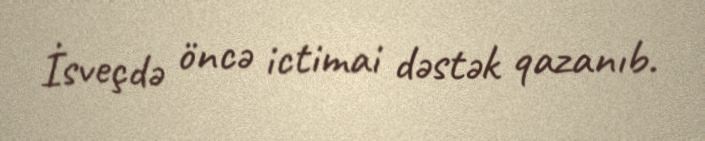
İsveçdə öncə ictimai dəstək qazanıb.